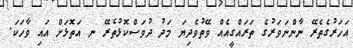
އަހަރުގެތެރޭ ނާންނަވަރުގެ ތަރައްގީއެއް ވޭތުވެދިޔަ މަދު ދުވަސްކޮޅުތެރޭ ނ އަތޮޅަށް އައި ވާހަކަ.